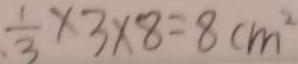
\frac { 1 } { 3 } \times 3 \times 8 = 8 c m ^ { 2 }